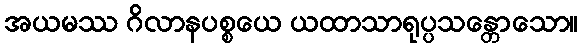
အယမဿ ဂိလာနပစ္စယေ ယထာသာရုပ္ပသန္တောသော။